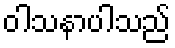
ဝါသနာပါသည်